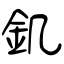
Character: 釠